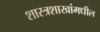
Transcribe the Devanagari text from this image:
शास्त्रशाखांमधील